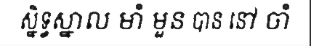
ស្និទ្ធស្នាល មាំ មួន បាន នៅ ចាំ